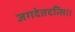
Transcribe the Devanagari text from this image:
जगदेतदत्सि॥